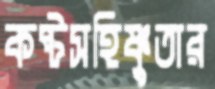
কষ্টসহিষ্ণুতার